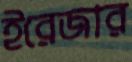
ইরেজার